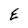
Character: E